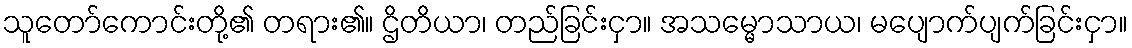
သူတော်ကောင်းတို့၏ တရား၏။ ဌိတိယာ၊ တည်ခြင်းငှာ။ အသမ္မောသာယ၊ မပျောက်ပျက်ခြင်းငှာ။